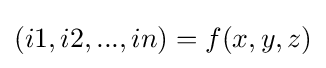
(i1,i2,...,in)=f(x,y,z)